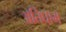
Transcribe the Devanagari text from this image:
अतिघाम